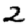
Digit: 2